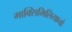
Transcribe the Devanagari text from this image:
माक्सिमिलियानो